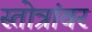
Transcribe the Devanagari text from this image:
स्तोत्रांवर